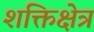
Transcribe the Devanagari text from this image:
शक्तिक्षेत्र